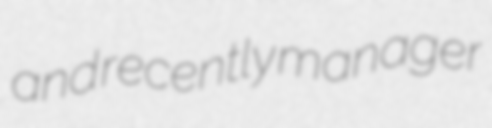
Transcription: and recently manager